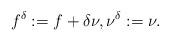
LaTeX: \begin{align*} f^{\delta}:= f+\delta \nu, \nu^{\delta}:=\nu.\end{align*}